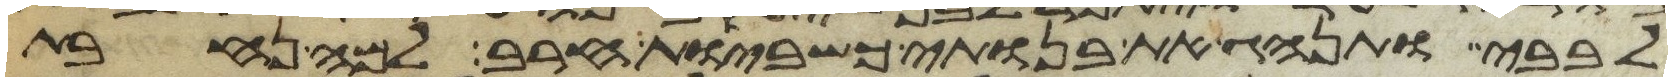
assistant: לבבי ותנהג את בנותי כשביות חרב למה נחבת